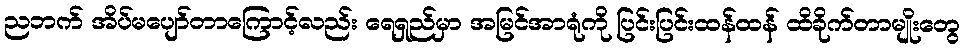
ညဘက် အိပ်မပျော်တာကြောင့်လည်း ရေရှည်မှာ အမြင်အာရုံကို ပြင်းပြင်းထန်ထန် ထိခိုက်တာမျိုးတွေ